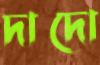
দাদো